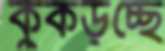
কুঁকড়চ্ছে